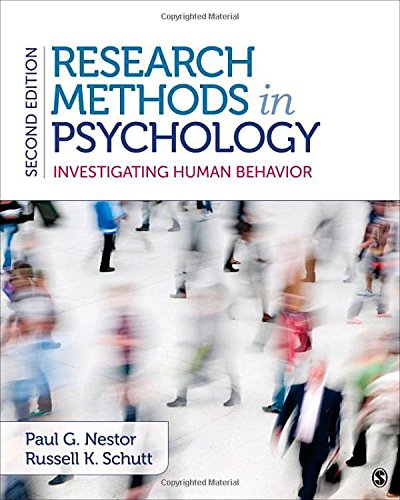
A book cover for Research Methods in Psychology: Investigating Human Behavior; Paul G. Nestor; Medical Books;